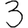
Digit: 3